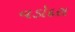
વડૉદરા